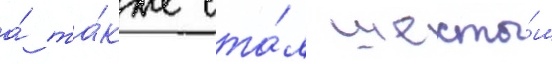
а́ та́кже ста́л шесты́м